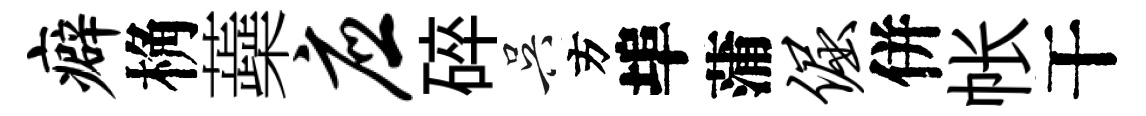
癖桷蘃应碎吴方埠蒲倔併帐干